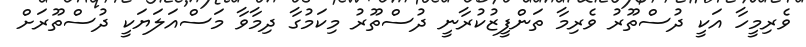
ވެރިމީހާ އަކީ ދުސްތޫރު ވެރިމާ ތަންފީޒުކުރާނީ ދުސްތޫރު މިކަމުގާ ދިމާވާ މަސްއަލަޔަކީ ދުސްތޫރަށް